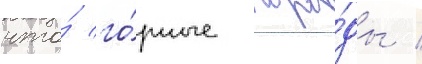
что́ го́рные поро́ды /